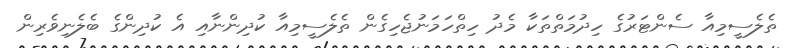
ތެލެސީމިއާ ސެންޓަރުގެ ހިދުމަތްތަކާ މެދު ހިތްހަމަނުޖެހިގެން ތެލެސީމިއާ ކުދިންނާއި އެ ކުދިންގެ ބެލެނިވެރިން